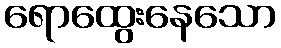
ရောထွေးနေသော